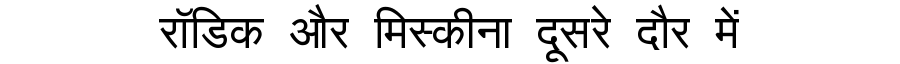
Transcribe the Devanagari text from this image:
रॉडिक और मिस्कीना दूसरे दौर में